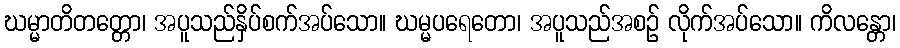
ဃမ္မာတိတတ္တော၊ အပူသည်နှိပ်စက်အပ်သော။ ဃမ္မပရေတော၊ အပူသည်အစဉ် လိုက်အပ်သော။ ကိလန္တော၊